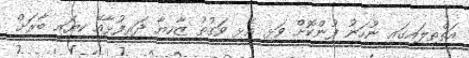
އަތްތިލައިގައި ނުހަނު ފުންކޮށް ވަޅި އެޅި ވަގުތު ޒާހިޔާ ދަރިފުޅާއޭ ކިޔައި ބާރަށް